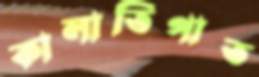
কালাতিপাত